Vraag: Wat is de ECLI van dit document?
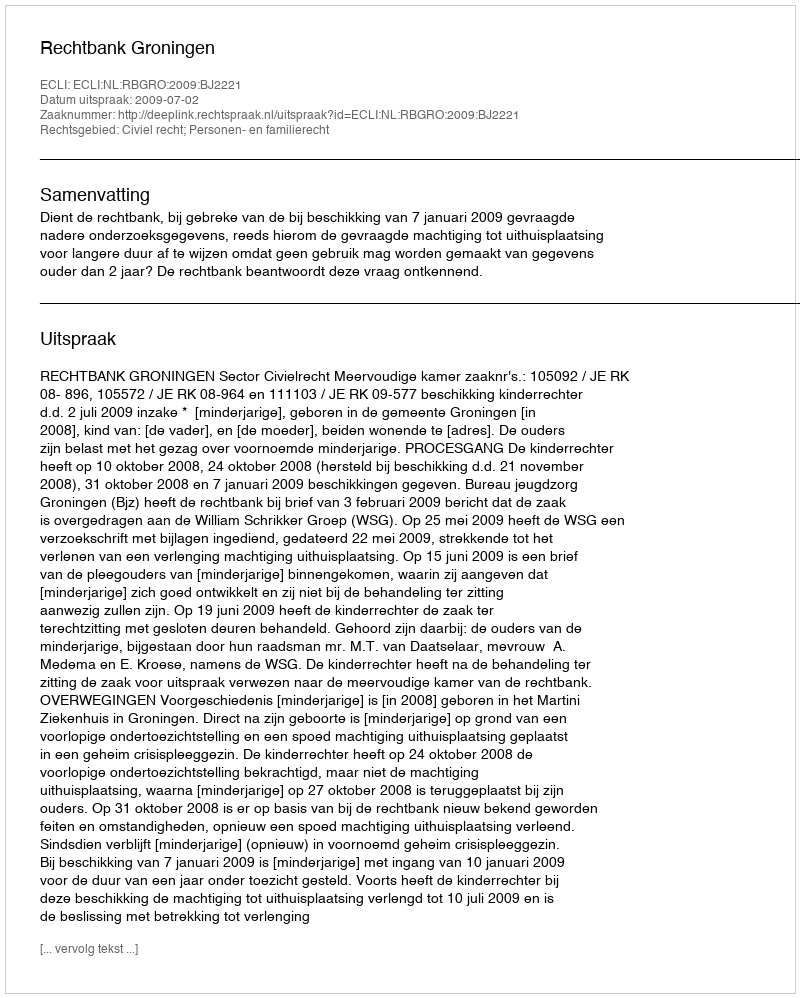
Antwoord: ECLI:NL:RBGRO:2009:BJ2221